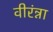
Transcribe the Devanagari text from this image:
वीरंन्ना